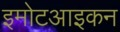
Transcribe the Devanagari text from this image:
इमोटआइकन